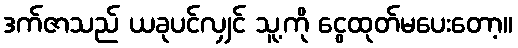
ဒက်ဇာသည် ယခုပင်လျှင် သူ့ကို ငွေထုတ်မပေးတော့။